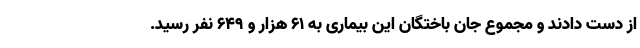
از دست دادند و مجموع جان باختگان این بیماری به ۶۱ هزار و ۶۴۹ نفر رسید.